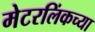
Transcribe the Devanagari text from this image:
मेटरलिंकच्या